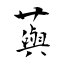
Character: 藇